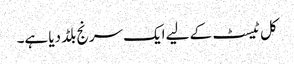
کل ٹیسٹ کے لیے ایک سرنج بلڈ دیا ہے۔